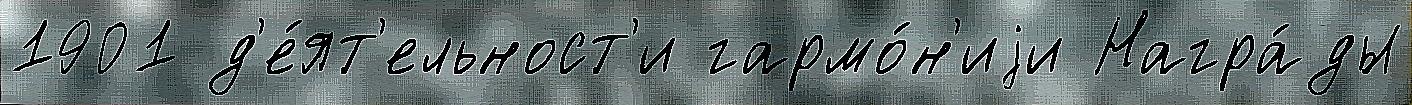
1901 д'е́ят'ельност'и гармо́н'иjи Награ́ды